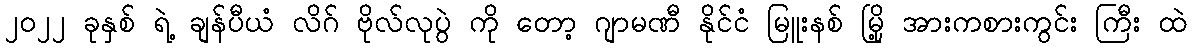
၂၀၂၂ ခုနှစ် ရဲ့ ချန်ပီယံ လိဂ် ဗိုလ်လုပွဲ ကို တော့ ဂျာမဏီ နိုင်ငံ မြူးနစ် မြို့ အားကစားကွင်း ကြီး ထဲ